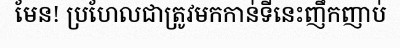
មែន! ប្រហែលជាត្រូវមកកាន់ទីនេះញឹកញាប់